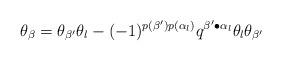
LaTeX: \begin{align*}\theta_{\beta} = \theta_{\beta'} \theta_l - (-1)^{p(\beta')p(\alpha_l)}q^{\beta' \bullet \alpha_l} \theta_l \theta_{\beta'}\\\end{align*}